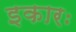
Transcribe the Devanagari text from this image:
इकारः